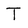
Character: T